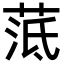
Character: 䓜